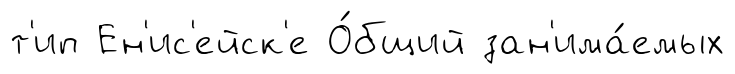
т'ип Ен'ис'ейск'е О́бщий зан'има́емых